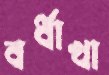
বর্ধাখা